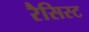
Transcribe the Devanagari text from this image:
रैसिस्ट